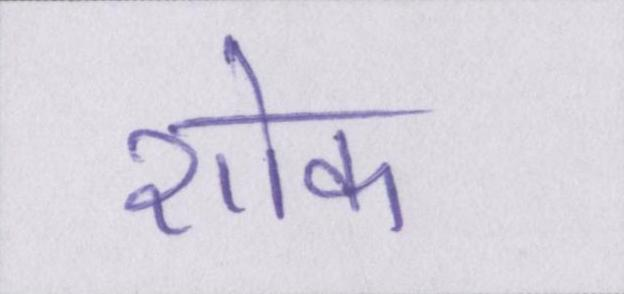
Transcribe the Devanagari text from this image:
शोक